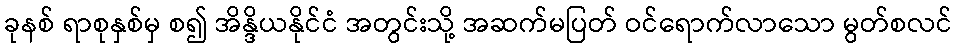
ခုနစ် ရာစုနှစ်မှ စ၍ အိန္ဒိယနိုင်ငံ အတွင်းသို့ အဆက်မပြတ် ဝင်ရောက်လာသော မွတ်စလင်